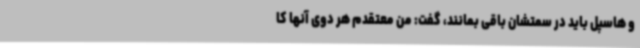
و هاسپل باید در سمتشان باقی بمانند، گفت: من معتقدم هر دوی آنها کا